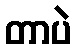
တာပဲ